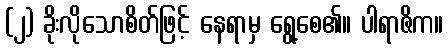
(၂) ခိုးလိုသောစိတ်ဖြင့် နေရာမှ ရွေ့စေ၏။ ပါရာဇိက။